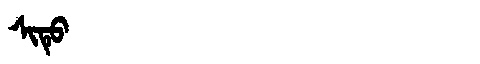
Manchu: ᠰᡳᡨᡠ
Romanization: SITU